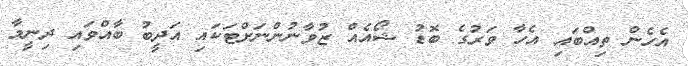
އެހެން ތިއްބައި އެހާ ވަރުގެ ބޮޑު ޝޯއެއް ޒުވާނުންނަށްޓަކައި އަދީބު ބާއްވައި ދިނީމާ